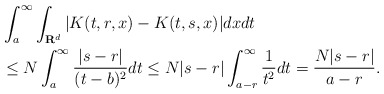
\begin{align*}&\int_{a}^{\infty}\int_{\mathbf{R}^{d}}|K(t,r,x)-K(t,s,x)|dxdt \\& \leq N\int_{a}^{\infty}\frac{|s-r|}{(t-b)^{2}}dt \leq N|s-r|\int_{a-r}^{\infty}\frac{1}{t^{2}}dt =\frac{N|s-r|}{a-r}.\end{align*}